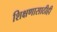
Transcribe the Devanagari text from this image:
शिक्षणासाठीही